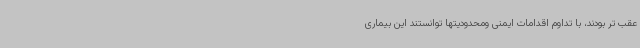
عقب تر بودند، با تداوم اقدامات ایمنی ومحدودیتها توانستند این بیماری